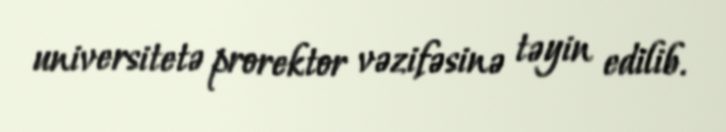
universitetə prorektor vəzifəsinə təyin edilib.